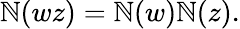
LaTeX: \mathbb{N}(wz)=\mathbb{N}(w)\mathbb{N}(z).